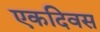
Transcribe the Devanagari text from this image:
एकदिवस